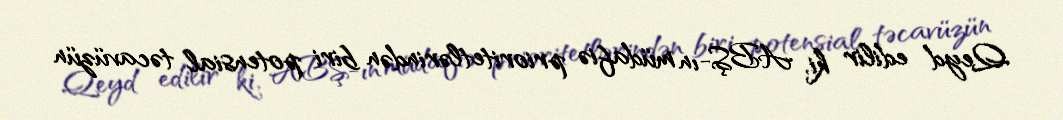
Qeyd edilir ki, ABŞ-ın müdafiə prioritetlərindən biri potensial təcavüzün